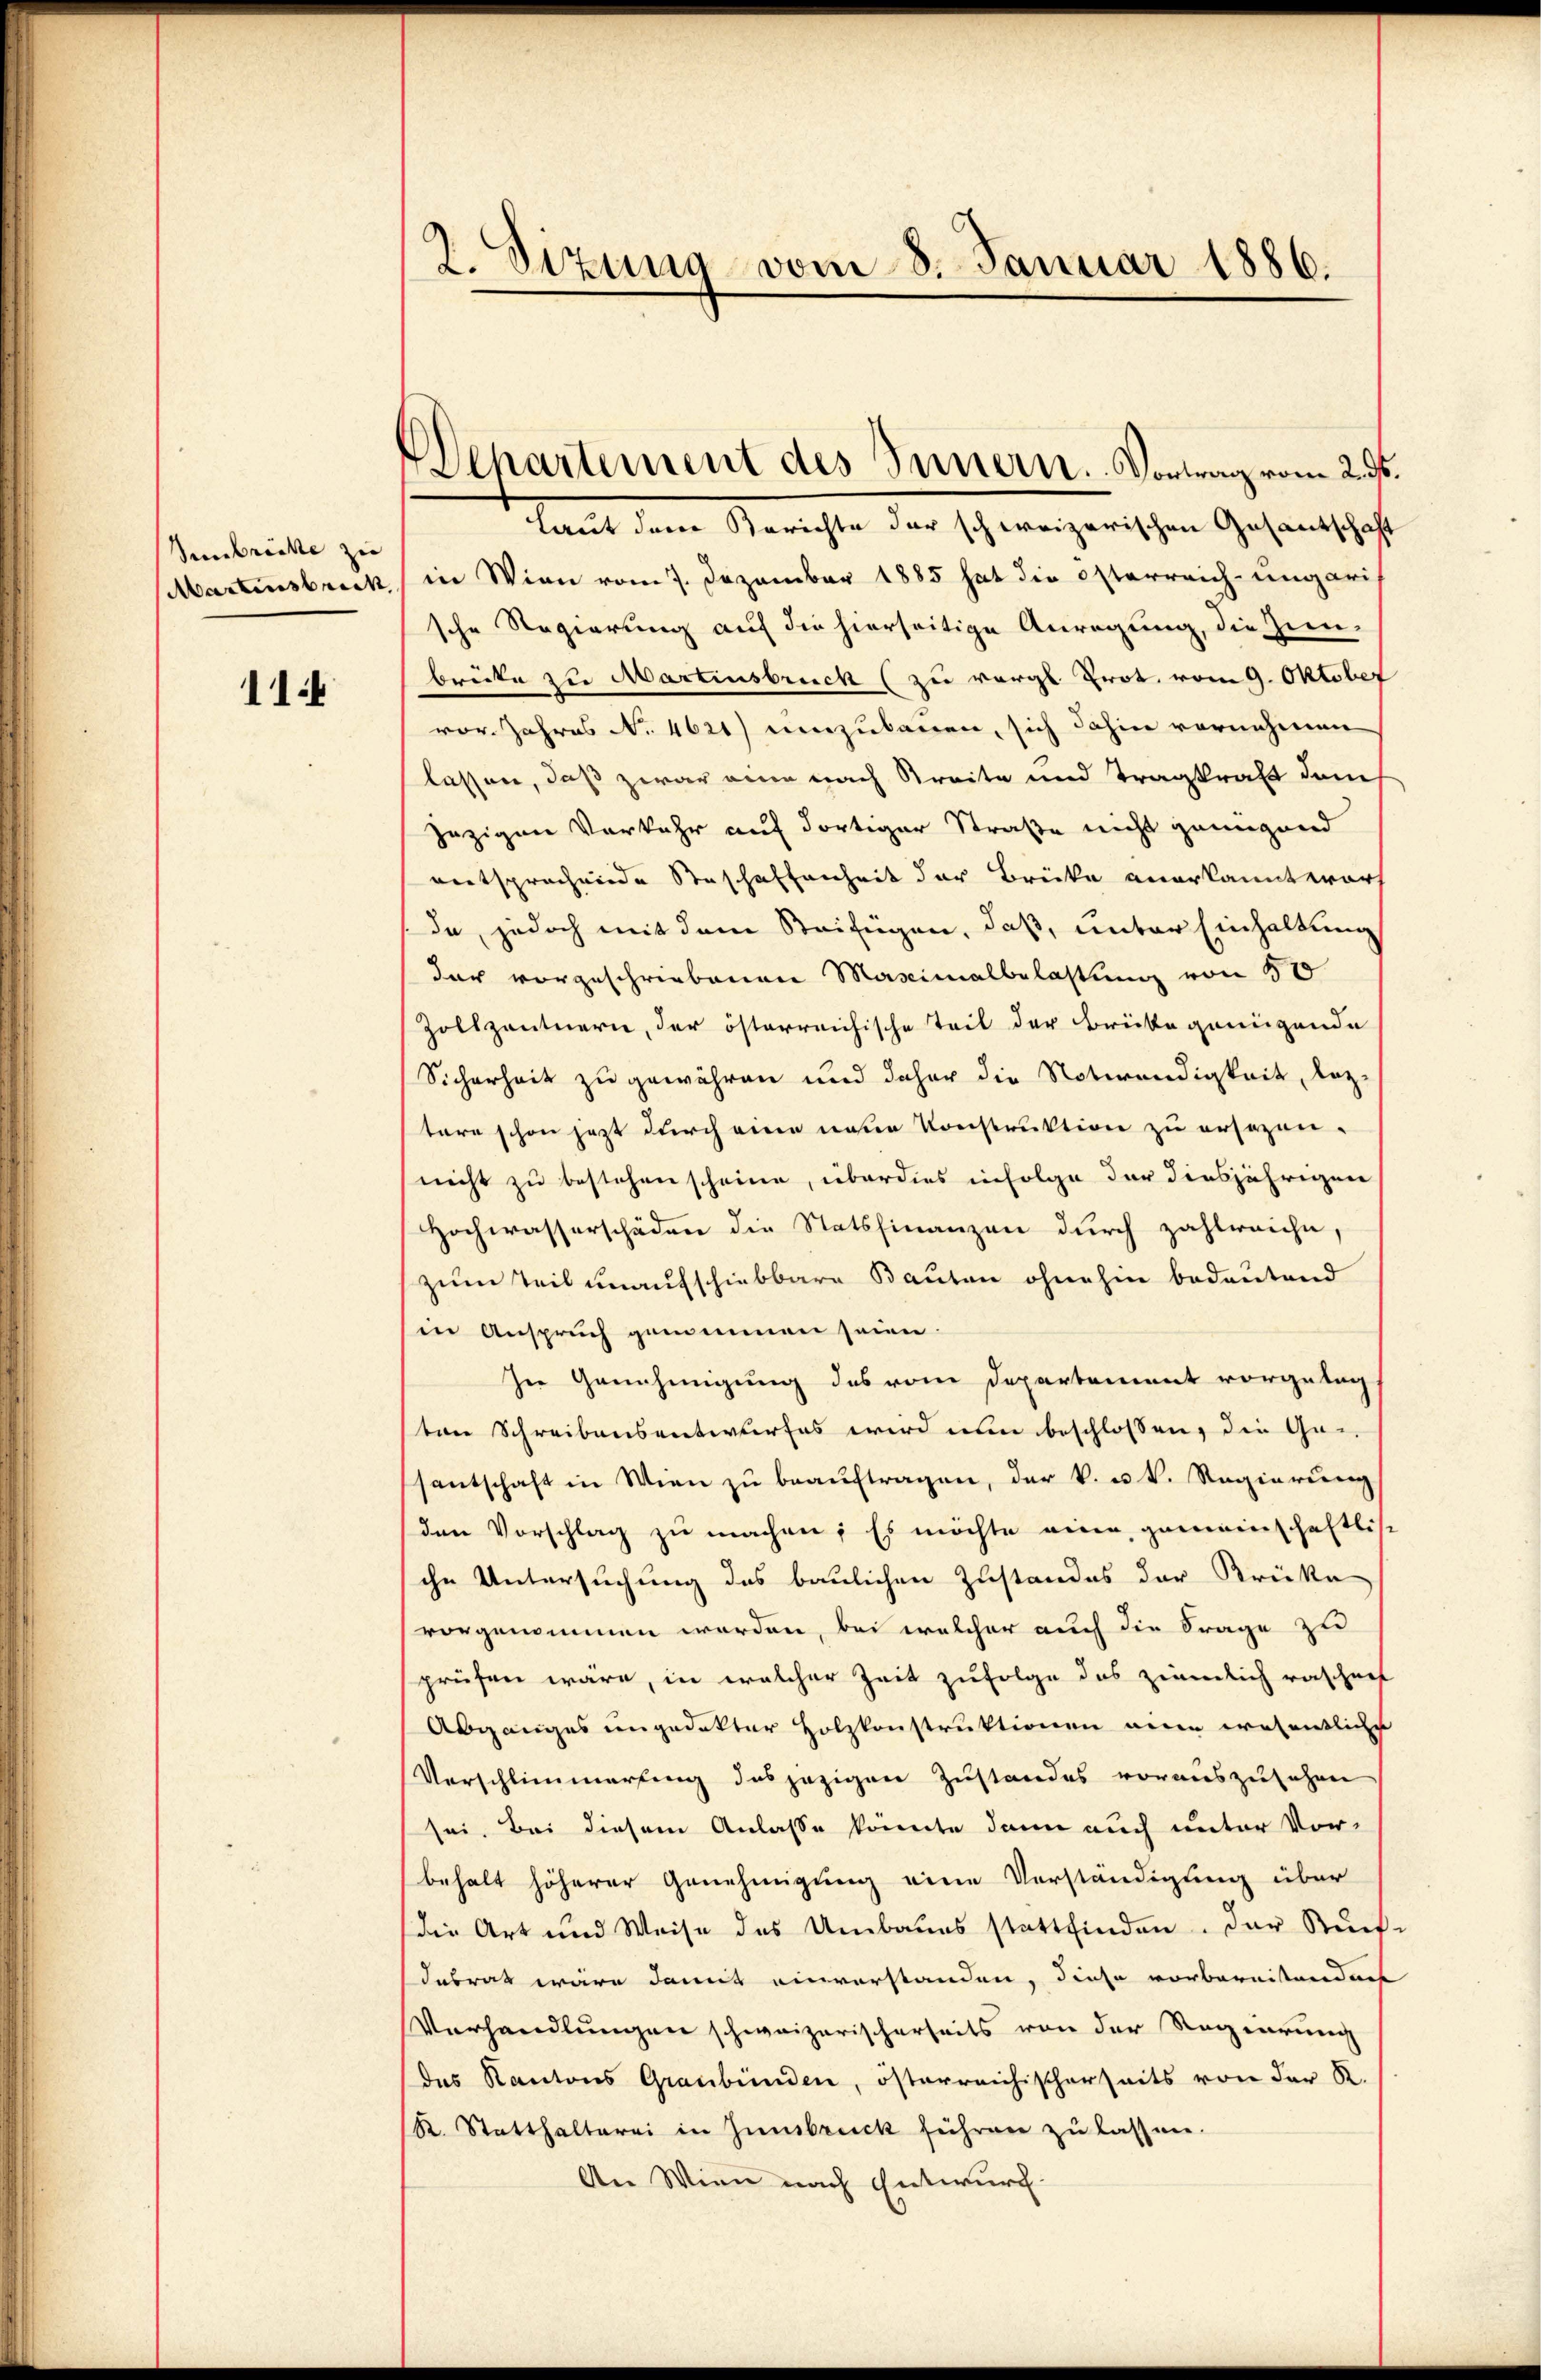
Verbrücke zu
Martensbruck

11.

2. Sizung vom 8. Januar 1886.

Departement des Innern. Vortrag vom 2. ds.

Laut dem Berichte der schweizerischen Gesantschaft
in Wien vom 7. Dezember 1885 hat die Osterreich-ungari
sche Regierung auf die hierseitige Anregung, die Zunbrücke zu Martinsbruck (zu vergl. Prot. vom 9. Oktober
vor. Jahres No. 4621) einzukanen, sich dahin vornehmen
lassen, daß zwar eine nach Streite und Tragkraft durch
jezigen Vorkehr auf dortiger Straße nicht genügend
entsprochende Steschaffenheit der Brücke anerkannt wart
da, jedoch mit dem Beifügen, daß, unter Einhaltung
der vorgeschriebenen Maximalbelastung von 50
Zolkzantnern, der österreichische Teil der Brücke genügende
Sicherheit zu gewähren und daher die Notwendigkeit, leztare schon jetzt durch eine neue Konstruktion zu ersezen.
nicht zu bestehen scheine, über dies infolge der diesjährigen
Hochwasserschäden die Statsfinanzen durch zahlreiche
zum Teil unaufschiebbare Bauten ohnehin bedeutend
in Anspruch genommen seien.
In Genehmigung des vom Departement vorgelag,
ton Schreibensentwurfes wird nun beschlossen, die Ge-
santschaft in Wien zu beauftragen, der k. u. k. Regierung
den Vorschlag zu machen; Es möchte eine gemeinschaftliche
sche Untersuchung des baulichen Zustandes der Krücke
vorgenommen werden, bei welcher auch die Frage zu
prüfen wäre, in welcher Zeit zufolge das ziemlich raschen
Abganges ungedekter Holzkonstruktionen eine wesentliche
Verschlimmertung des jezigen Zustandes vorauszusehen
sei. Bei diesem Anlasse könnte dann auch unter Vor-
behalt höherer Genehmigung eine Verständigung über
die Art und Weise des Umbaues stattfinden. Der Ruch
dabrat wäre damit einverstanden, diese vorbernistandes
Verhandlungen schweizerischerseits von der Regierung
des Kantons Graubünden, österreichischerseits von der R.
R. Statthalterei in Innsbruck führen zu lassen.
An Wien nach Entwurf